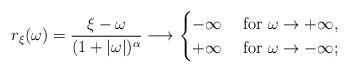
LaTeX: \begin{align*}r_{\xi}(\omega) = \frac{\xi - \omega}{(1 + |\omega |)^{\alpha}} \longrightarrow \begin{cases} -\infty & \mbox{ for }\omega \to + \infty, \\+ \infty & \mbox{ for } \omega \to - \infty;\end{cases}\end{align*}